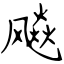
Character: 飚